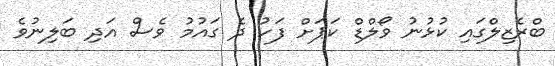
ބްރެޒިލްގައި ކުޅުނު ވޯލްޑް ކަޕަށް ފަހު ދެ ގައުމު ވެސް އަދި ބަލިނުވެ